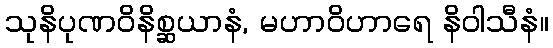
သုနိပုဏဝိနိစ္ဆယာနံ, မဟာဝိဟာရေ နိဝါသီနံ။